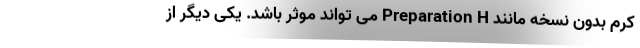
کرم بدون نسخه مانند Preparation H می تواند موثر باشد. یکی دیگر از